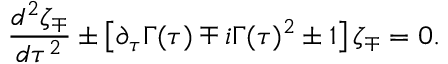
\frac { d ^ { 2 } \zeta _ { \mp } } { d \tau ^ { 2 } } \pm \left[ \partial _ { \tau } \Gamma ( \tau ) \mp i \Gamma ( \tau ) ^ { 2 } \pm 1 \right] \zeta _ { \mp } = 0 .